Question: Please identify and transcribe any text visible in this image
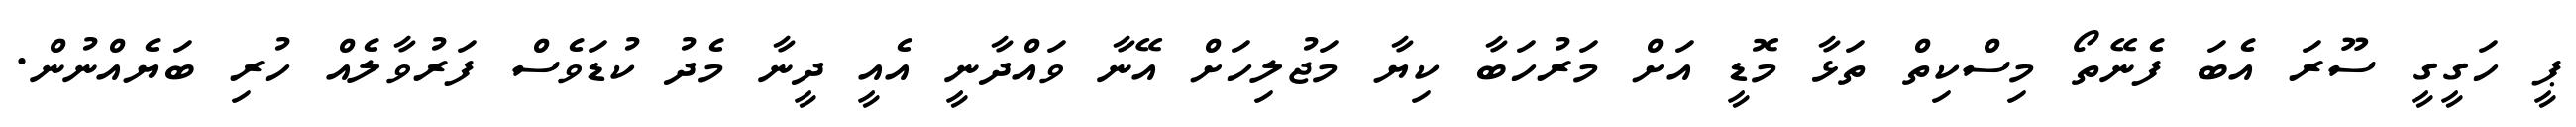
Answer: ޕީ ހަގީގީ ސޫރަ އެބަ ފެނޭތޯ މިސްކިތް ތަޅާ މޮޑީ އަށް މަރުހަބާ ކިޔާ މަޖުލިހަށް އޭނާ ވައްދާނީ އެއީ ދީނާ މެދު ކުޑަވެސް ފަރުވާލެއް ހުރި ބަޔެއްނުން.